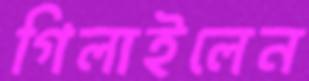
গিলাইলেন